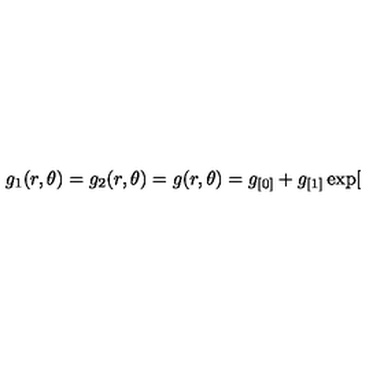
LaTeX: g _ { 1 } ( r , \theta ) = g _ { 2 } ( r , \theta ) = g ( r , \theta ) = g _ { [ 0 ] } + g _ { [ 1 ] } \exp [